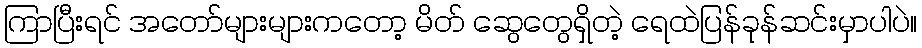
ကြာပြီးရင် အတော်များများကတော့ မိတ် ဆွေတွေရှိတဲ့ ရေထဲပြန်ခုန်ဆင်းမှာပါပဲ။